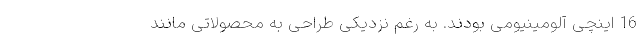
16 اینچی آلومینیومی بودند. به رغم نزدیکی طراحی به محصولاتی مانند